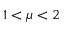
1 < \mu < 2